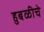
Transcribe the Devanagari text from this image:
हुबळीचे